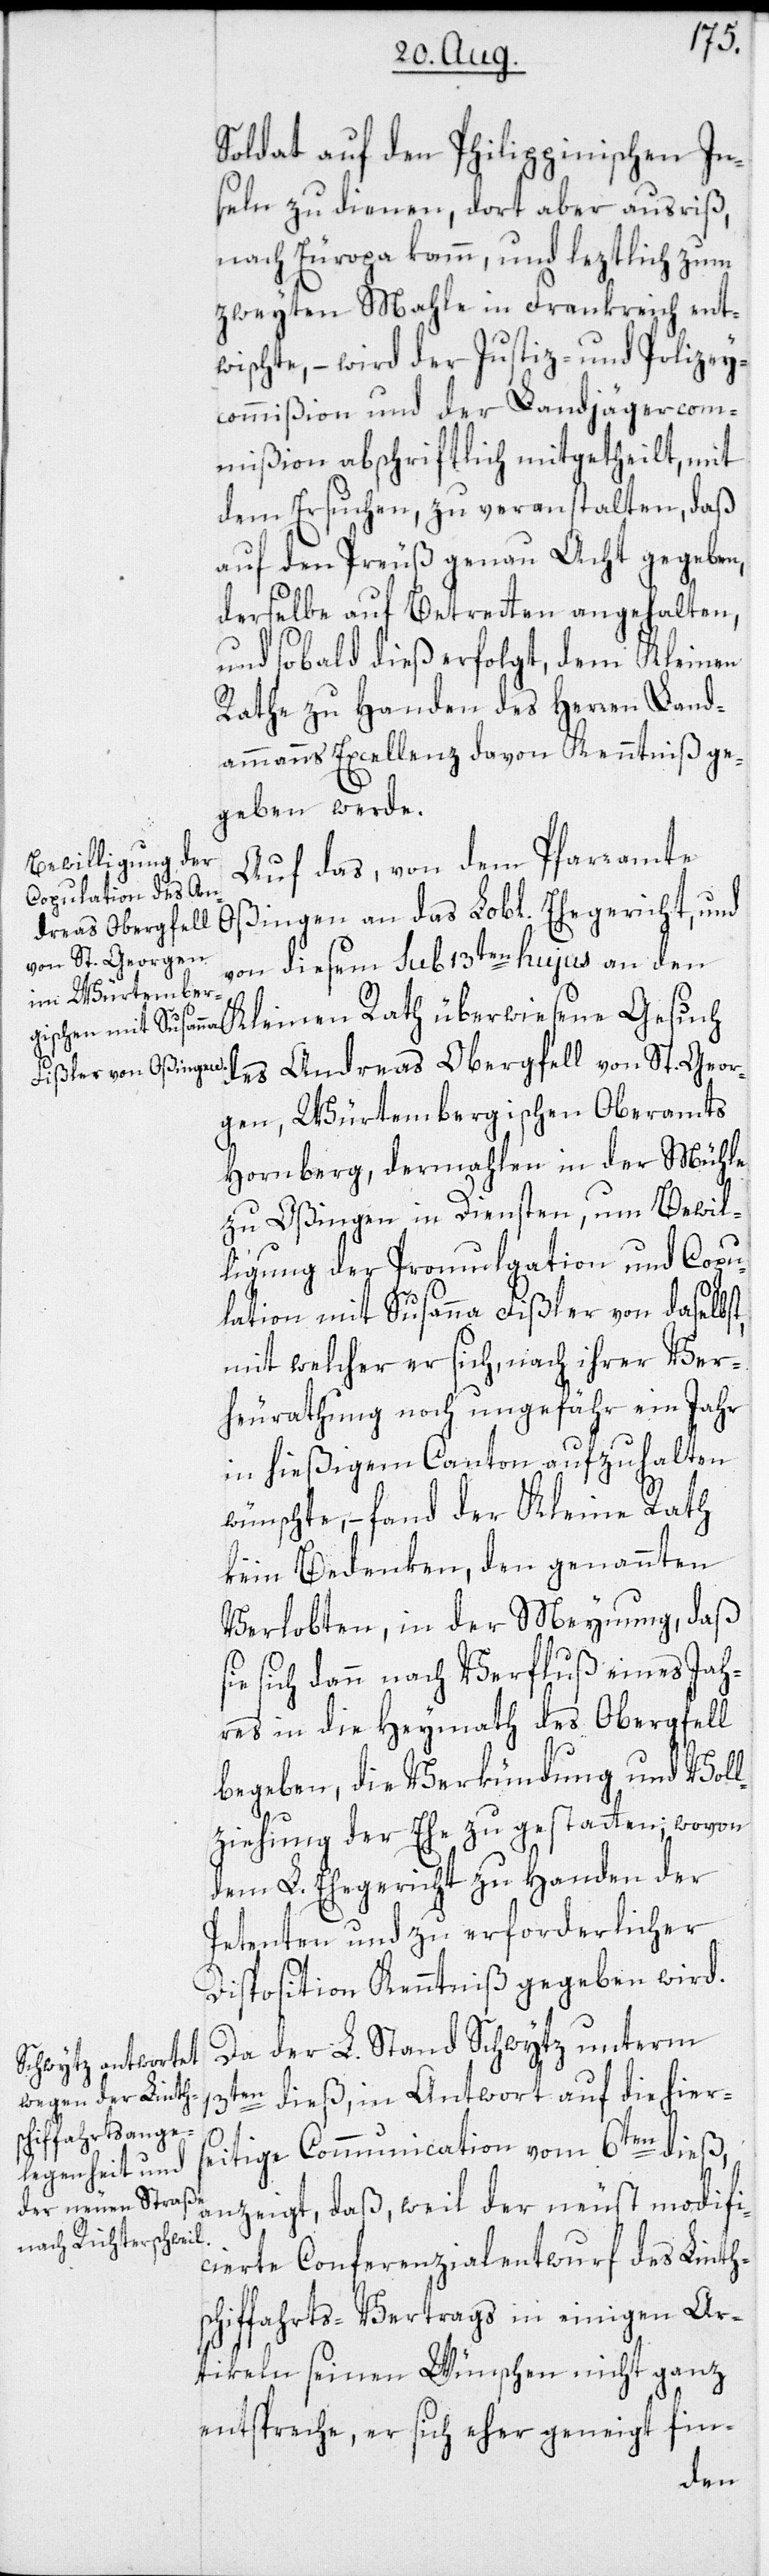
Soldat auf den Philippinischen In¬
seln zu dienen, dort aber ausriß,
nach Europa kamm, und leztlich zum
zweyten Mahle in Frankreich ent¬
wischte, – wird der Justiz- und Polizey¬
commißion und der Landjägercom¬
mißion abschriftlich mitgetheilt, mit
dem Ersuchen, zu veranstalten, daß
auf den Preuß genau Acht gegeben,
derselbe auf Betretten angehalten,
und sobald dieß erfolgt, dem Kleinen
Rathe zu Handen des Herren Land¬
ammanns Excellenz davon Kenntniß ge¬
geben werde.
Auf das, von dem Pfarramte
Oßingen an das Lobl. Ehegericht, und
von diesem sub 13ten hujus an den
wiesene Gesuch des Andreas Obergfell von St. Geor¬
gen, Würtembergischen Oberamts
Hornberg, dermahlen in der Mühle
zu Oßingen in Diensten, um Bewil¬
ligung der Promulgation und Copu¬
lation mit Susanna Fißler von daselbst,
mit welcher er sich, nach ihrer Ver¬
heurathung noch ungefähr ein Jahr
in hießigem Canton aufzuhalten
wünschte, – fand der Kleine Rath
kein Bedenken, den genannten
Verlobten, in der Meynung, daß
sich dann nach Verfluß eines Jah¬
res in die Heymath des Obergfell
begeben, die Verkündung und Voll¬
ziehung der Ehe zu gestatten; wovon
dem L. Ehegericht zu Handen der
Petenten und zu erforderlicher
Disposition Kenntniß gegeben wird.
Da der L. Stand Schwytz unterm
13ten dieß, in Antwort auf die hier¬
seitige Communication vom 6ten dieß,
anzeigt, daß, weil der neust modifi¬
cierte Conferenzialentwurf des Linth¬
schiffahrts-Vertrags in einigen Ar¬
tikeln seinen Wünschen nicht ganz
entspreche, er sich eher geneigt fin-
über¬